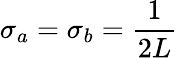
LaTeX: \sigma_{a}=\sigma_{b}=\frac{1}{2L}